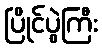
ပြိုင်ပွဲကြီး